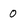
Character: 0